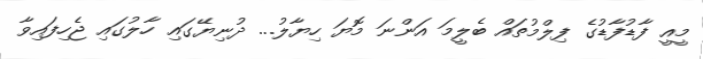
މީއީ ފާޑުފާޑުގެ ފިލްމުތައް ބެލީމަ އަންނަ މޮޔަ ހިޔާލު... ދުނިޔޭގައި ހާލުގައި ޖެހިފައިވާ